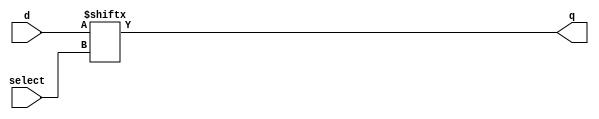
module mux1( select, d, q );

input select;
input[1:0] d;
output     q;

wire      q;
wire      select;
wire[1:0] d;

assign q = d[select];

endmodule

module top(select, d, q);

input[1:0] select;
input[1:0] d;
output     q;

wire      q;
wire[1:0] select;
wire[1:0] d;

wire[1:0] q_tmp;

mux1 m1(
		.select(select[0]),
		.d(d),
		.q(q_tmp[0])
);

mux1 m2(
		.select(select[1]),
		.d(d),
		.q(q_tmp[1])
);

mux1 m3(
		.select(select[0]),
		.d(q_tmp),
		.q(q)
);



endmodule